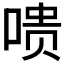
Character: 𪡞